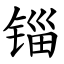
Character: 锱